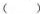
( )